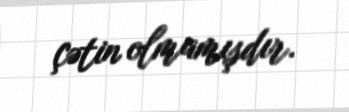
çətin olmamışdır.